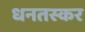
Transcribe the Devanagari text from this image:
धनतस्कर